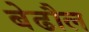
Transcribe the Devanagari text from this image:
बेढौल